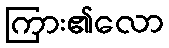
ကြား၏လော